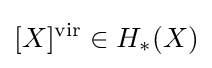
[X]^{\text{vir}}\in H_{*}(X)